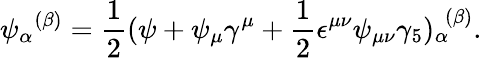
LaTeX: {\psi_{\alpha}}^{(\beta)}=\frac{1}{2}(\psi+\psi_{\mu}\gamma^{\mu}+\frac{1}{2}\epsilon^{\mu\nu}\psi_{\mu\nu}\gamma_{5})_{\alpha}^{\ \ (\beta)}.